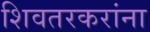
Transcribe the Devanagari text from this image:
शिवतरकरांना